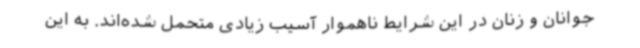
جوانان و زنان در این شرایط ناهموار آسیب زیادی متحمل شده‌اند. به این